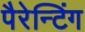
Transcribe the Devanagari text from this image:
पैरेन्टिंग